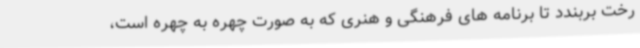
رخت بربندد تا برنامه های فرهنگی و هنری که به صورت چهره به چهره است،